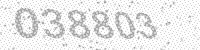
Solution: 038803